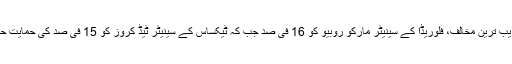
اُن کے قریب ترین مخالف، فلوریڈا کے سینیٹر مارکو روبیو کو 16 فی صد جب کہ ٹیکساس کے سینیٹر ٹیڈ کروز کو 15 فی صد کی حمایت حاصل ہے۔